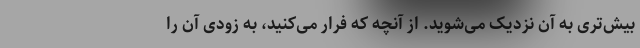
بیش‌تری به آن نزدیک می‌شوید. از آنچه که فرار می‌کنید، به زودی آن را